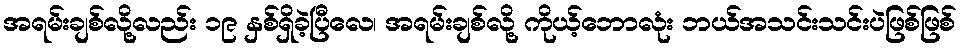
အရမ်းချစ်လို့လည်း ၁၉ နှစ်ရှိခဲ့ပြီလေ၊ အရမ်းချစ်လို့ ကိုယ့်ဘောလုံး ဘယ်အသင်းသင်းပဲဖြစ်ဖြစ်